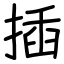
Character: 插